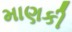
માણકી